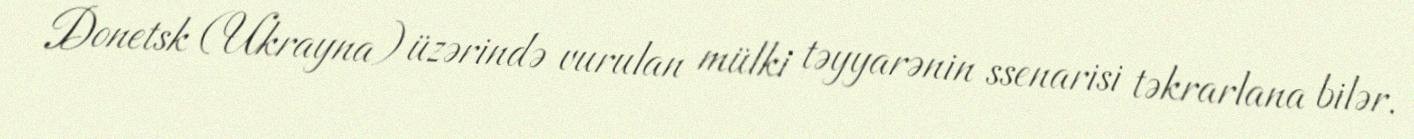
Donetsk (Ukrayna) üzərində vurulan mülki təyyarənin ssenarisi təkrarlana bilər.